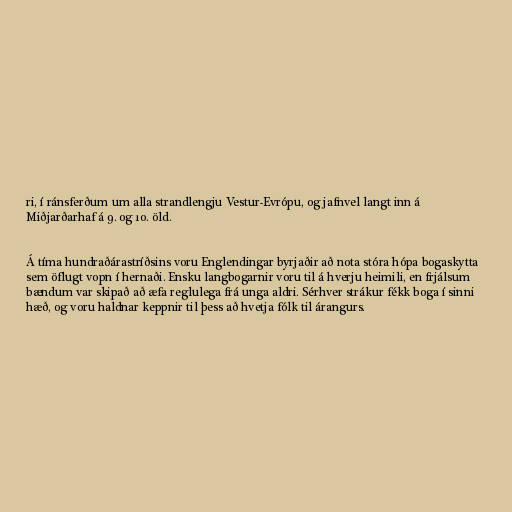
ri, í ránsferðum um alla strandlengju Vestur-Evrópu, og jafnvel langt inn á
Miðjarðarhaf á 9. og 10. öld.

Á tíma hundraðárastríðsins voru Englendingar byrjaðir að nota stóra hópa bogaskytta
sem öflugt vopn í hernaði. Ensku langbogarnir voru til á hverju heimili, en frjálsum
bændum var skipað að æfa reglulega frá unga aldri. Sérhver strákur fékk boga í sinni
hæð, og voru haldnar keppnir til þess að hvetja fólk til árangurs.